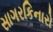
સાગરકિનારો